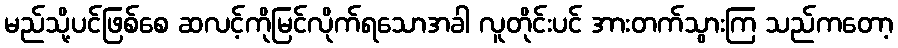
မည်သို့ပင်ဖြစ်စေ ဆလင့်ကိုမြင်လိုက်ရသောအခါ လူတိုင်းပင် အားတက်သွားကြ သည်ကတော့